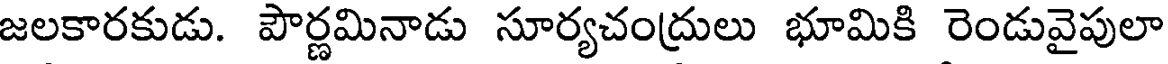
జలకారకుడు. పౌర్ణమినాడు సూర్యచంద్రులు భూమికి రెండువైపులా